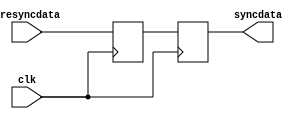
// Copyright (c) 2015 Princeton University
// All rights reserved.
//
// Redistribution and use in source and binary forms, with or without
// modification, are permitted provided that the following conditions are met:
//     * Redistributions of source code must retain the above copyright
//       notice, this list of conditions and the following disclaimer.
//     * Redistributions in binary form must reproduce the above copyright
//       notice, this list of conditions and the following disclaimer in the
//       documentation and/or other materials provided with the distribution.
//     * Neither the name of Princeton University nor the
//       names of its contributors may be used to endorse or promote products
//       derived from this software without specific prior written permission.
//
// THIS SOFTWARE IS PROVIDED BY PRINCETON UNIVERSITY "AS IS" AND
// ANY EXPRESS OR IMPLIED WARRANTIES, INCLUDING, BUT NOT LIMITED TO, THE IMPLIED
// WARRANTIES OF MERCHANTABILITY AND FITNESS FOR A PARTICULAR PURPOSE ARE
// DISCLAIMED. IN NO EVENT SHALL PRINCETON UNIVERSITY BE LIABLE FOR ANY
// DIRECT, INDIRECT, INCIDENTAL, SPECIAL, EXEMPLARY, OR CONSEQUENTIAL DAMAGES
// (INCLUDING, BUT NOT LIMITED TO, PROCUREMENT OF SUBSTITUTE GOODS OR SERVICES;
// LOSS OF USE, DATA, OR PROFITS; OR BUSINESS INTERRUPTION) HOWEVER CAUSED AND
// ON ANY THEORY OF LIABILITY, WHETHER IN CONTRACT, STRICT LIABILITY, OR TORT
// (INCLUDING NEGLIGENCE OR OTHERWISE) ARISING IN ANY WAY OUT OF THE USE OF THIS
// SOFTWARE, EVEN IF ADVISED OF THE POSSIBILITY OF SUCH DAMAGE.

//==================================================================================================
//  Revision      :
//  Company       : Princeton University
//
//  Description   :
//==================================================================================================

`ifdef L15_EXTRA_DEBUG
`default_nettype none
`endif

module synchronizer (
    clk,
    presyncdata,
    syncdata
    );

// synopsys template
parameter SIZE = 1;

input wire clk;
input wire [SIZE-1:0] presyncdata;
output reg [SIZE-1:0] syncdata;

`ifdef PITON_ARIANE
// this prevents SV assertion failures in Ariane
// pragma translate_off
`define SIM_RST_INIT
// pragma translate_on
`ifdef SIM_RST_INIT
  reg [SIZE-1:0] presyncdata_tmp = {{SIZE}{1'b0}};
`else
  reg [SIZE-1:0] presyncdata_tmp;
`endif
`undef SIM_RST_INIT
`else
  reg [SIZE-1:0] presyncdata_tmp;
`endif


always @ (posedge clk)
begin
    presyncdata_tmp <= presyncdata;
    syncdata        <= presyncdata_tmp;
end

endmodule